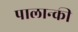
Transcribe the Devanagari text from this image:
पालान्की